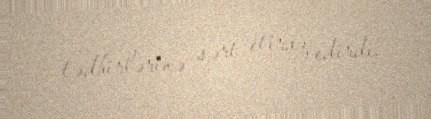
tədbirlərinə sərt etiraz edirdi.